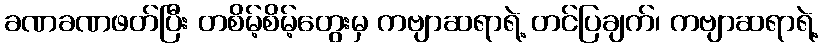
ခဏခဏဖတ်ပြီး တစိမ့်စိမ့်တွေးမှ ကဗျာဆရာရဲ့ တင်ပြချက်၊ ကဗျာဆရာရဲ့